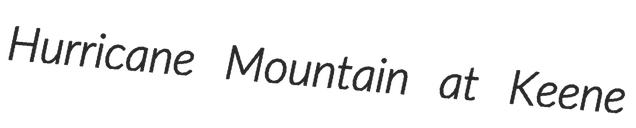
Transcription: Hurricane Mountain at Keene